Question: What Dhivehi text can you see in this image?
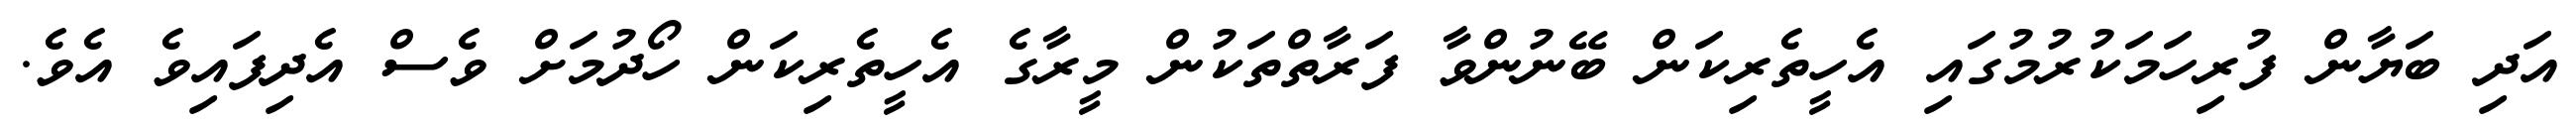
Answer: އަދި ބަޔާން ފުރިހަމަކުރުމުގައި އެހީތެރިކަން ބޭނުންވާ ފަރާތްތަކުން މީރާގެ އެހީތެރިކަން ހޯދުމަށް ވެސް އެދިފައިވެ އެވެ.